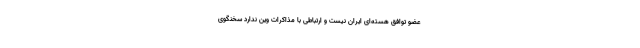
عضو توافق هسته‌ای ایران نیست و ارتباطی با مذاکرات وین ندارد سخنگوی